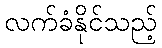
လက်ခံနိုင်သည့်